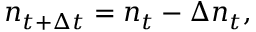
n _ { t + \Delta t } = n _ { t } - \Delta n _ { t } ,